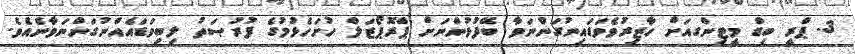
3. ޕްރީ ބިޑް މީޓިންގއަށް ހާޒިރުވެވަޑައިނުގަންނަވާ ބޭފުޅުންނަށް ޕްރޮޕޯޒަލް ހުށަހެޅުމުގެ ފުރުޞަތު ލިބިވަޑައެއްނުގަންނަވާނެއެވެ.